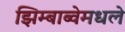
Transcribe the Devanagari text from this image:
झिम्बाब्वेमधले